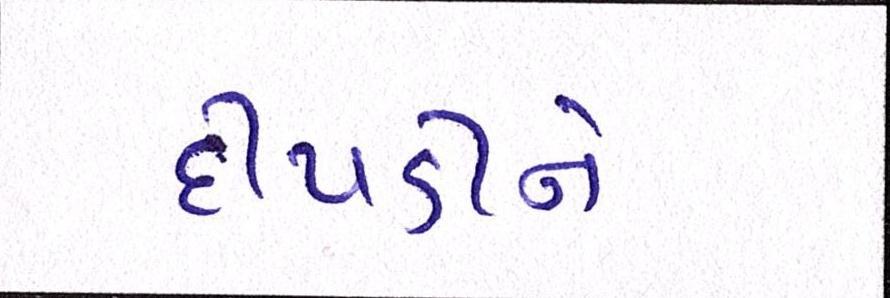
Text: દીપડીને